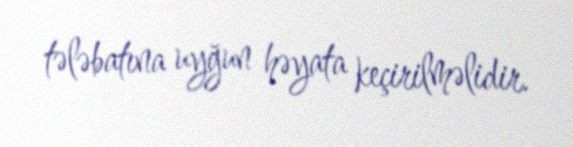
tələbatına uyğun həyata keçirilməlidir.